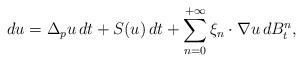
\begin{align*} d u = \Delta_p u \, d t + S(u) \, d t + \sum_{n=0}^{+\infty} \xi_{n} \cdot \nabla u \, d B_t^{n} ,\end{align*}